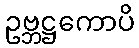
ဥဗ္ဘဋ္ဌကောပိ